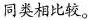
同类相比较。